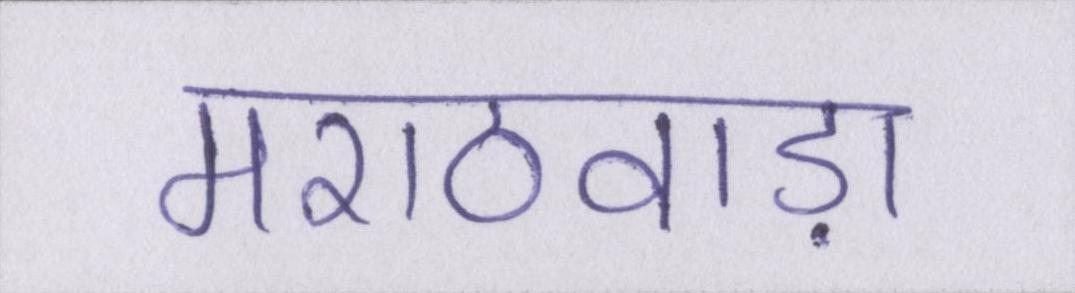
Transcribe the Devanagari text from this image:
मराठवाड़ा